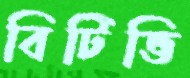
বিটিভি